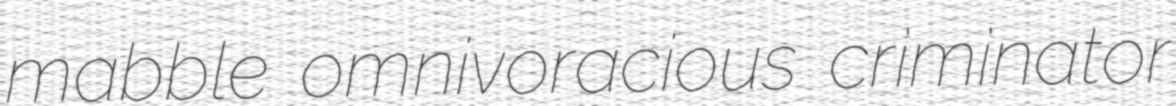
mabble omnivoracious criminator